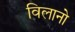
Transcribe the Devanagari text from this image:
विलानो